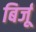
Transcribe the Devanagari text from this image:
बिर्जू